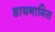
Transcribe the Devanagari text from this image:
डायनामिस